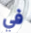
في